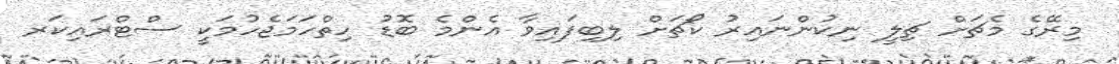
މިރޭގެ މެޗަށް ޗިލީ ނިކުންނައިރު ކޯޗަށް ލިބިފައިވާ އެންމެ ބޮޑު ހިތްހަމަޖެހުމަކީ ސްޓްރައިކަރ